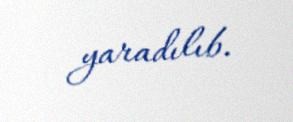
yaradılıb.